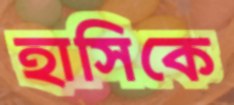
হাসিকে